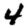
Digit: 4